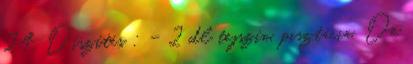
24. Díszítés : - 2 dl tejszín, pisztácia. De